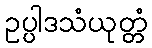
ဥပ္ပါဒသံယုတ္တံ